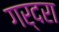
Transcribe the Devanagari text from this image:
गर्दरा